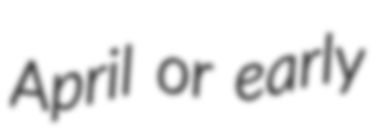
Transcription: April or early